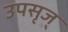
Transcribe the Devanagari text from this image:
उपसृज्